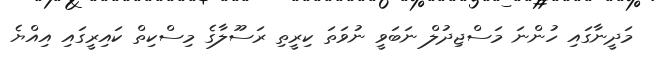
މަދީނާގައި ހުންނަ މަސްޖިދުލް ނަބަވީ ނުވަތަ ކިރީތި ރަސޫލާގެ މިސްކިތް ކައިރީގައި އިއްޔެ